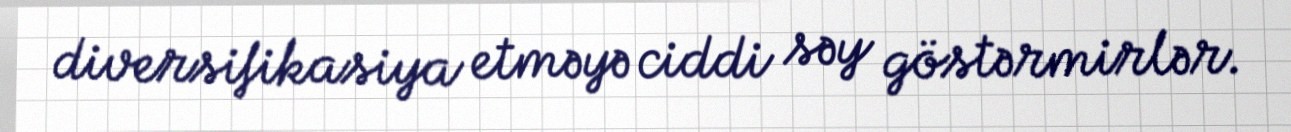
diversifikasiya etməyə ciddi səy göstərmirlər.